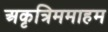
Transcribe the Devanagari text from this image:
अकृत्रिममाहम